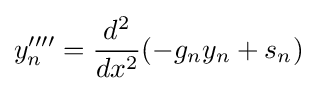
y''''_{n}={\frac {d^{2}}{dx^{2}}}(-g_{n}y_{n}+s_{n})